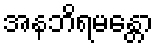
အနဘိရမန္တော